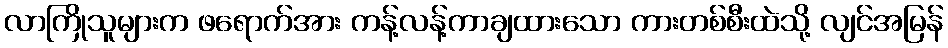
လာကြိုသူများက ဖရောက်အား ကန့်လန့်ကာချထားသော ကားတစ်စီးထဲသို့ လျင်အမြန်